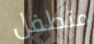
متطفل